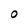
Character: O